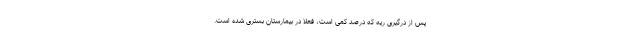
پس از درگیری ریه که درصد کمی است، فعلا در بیمارستان بستری شده است.